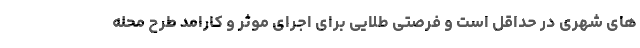
های شهری در حداقل است و فرصتی طلایی برای اجرای موثر و کارامد طرح محله